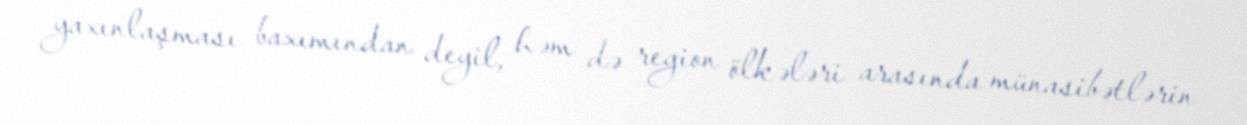
yaxınlaşması baxımından deyil, həm də region ölkələri arasında münasibətlərin